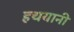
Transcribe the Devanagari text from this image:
हथयानी